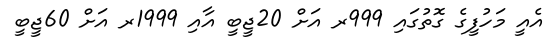
އެއީ މަހުފީގެ ގޮތުގައި 999ރ އަށް 20ޖީބީ އާއި 1999ރ އަށް 60ޖީބީ